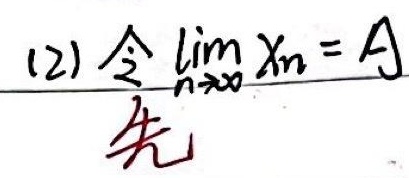
(2) 令 $\lim_{n \to \infty} x_{n} = A$，先